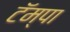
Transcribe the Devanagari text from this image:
टॅम्पा